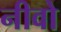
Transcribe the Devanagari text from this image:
नीवो